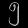
Digit: ၅